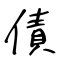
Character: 債